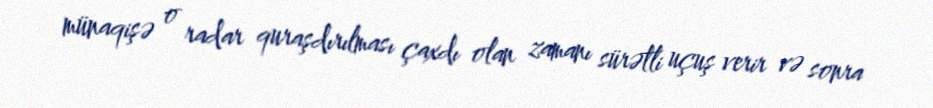
münaqişə o radar quraşdırılması çaxdı olan zamanı sürətli uçuş verir və sonra